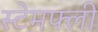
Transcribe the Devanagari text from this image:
स्टेमफ्ली